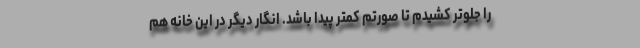
را جلوتر کشیدم تا صورتم کمتر پیدا باشد. انگار دیگر در این خانه هم